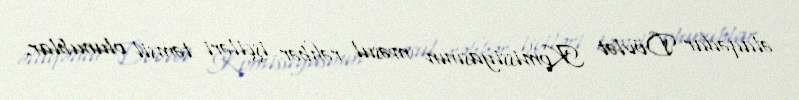
əlaqədar Dövlət Komissiyasının məsul rəhbər işçiləri təmsil olunublar.